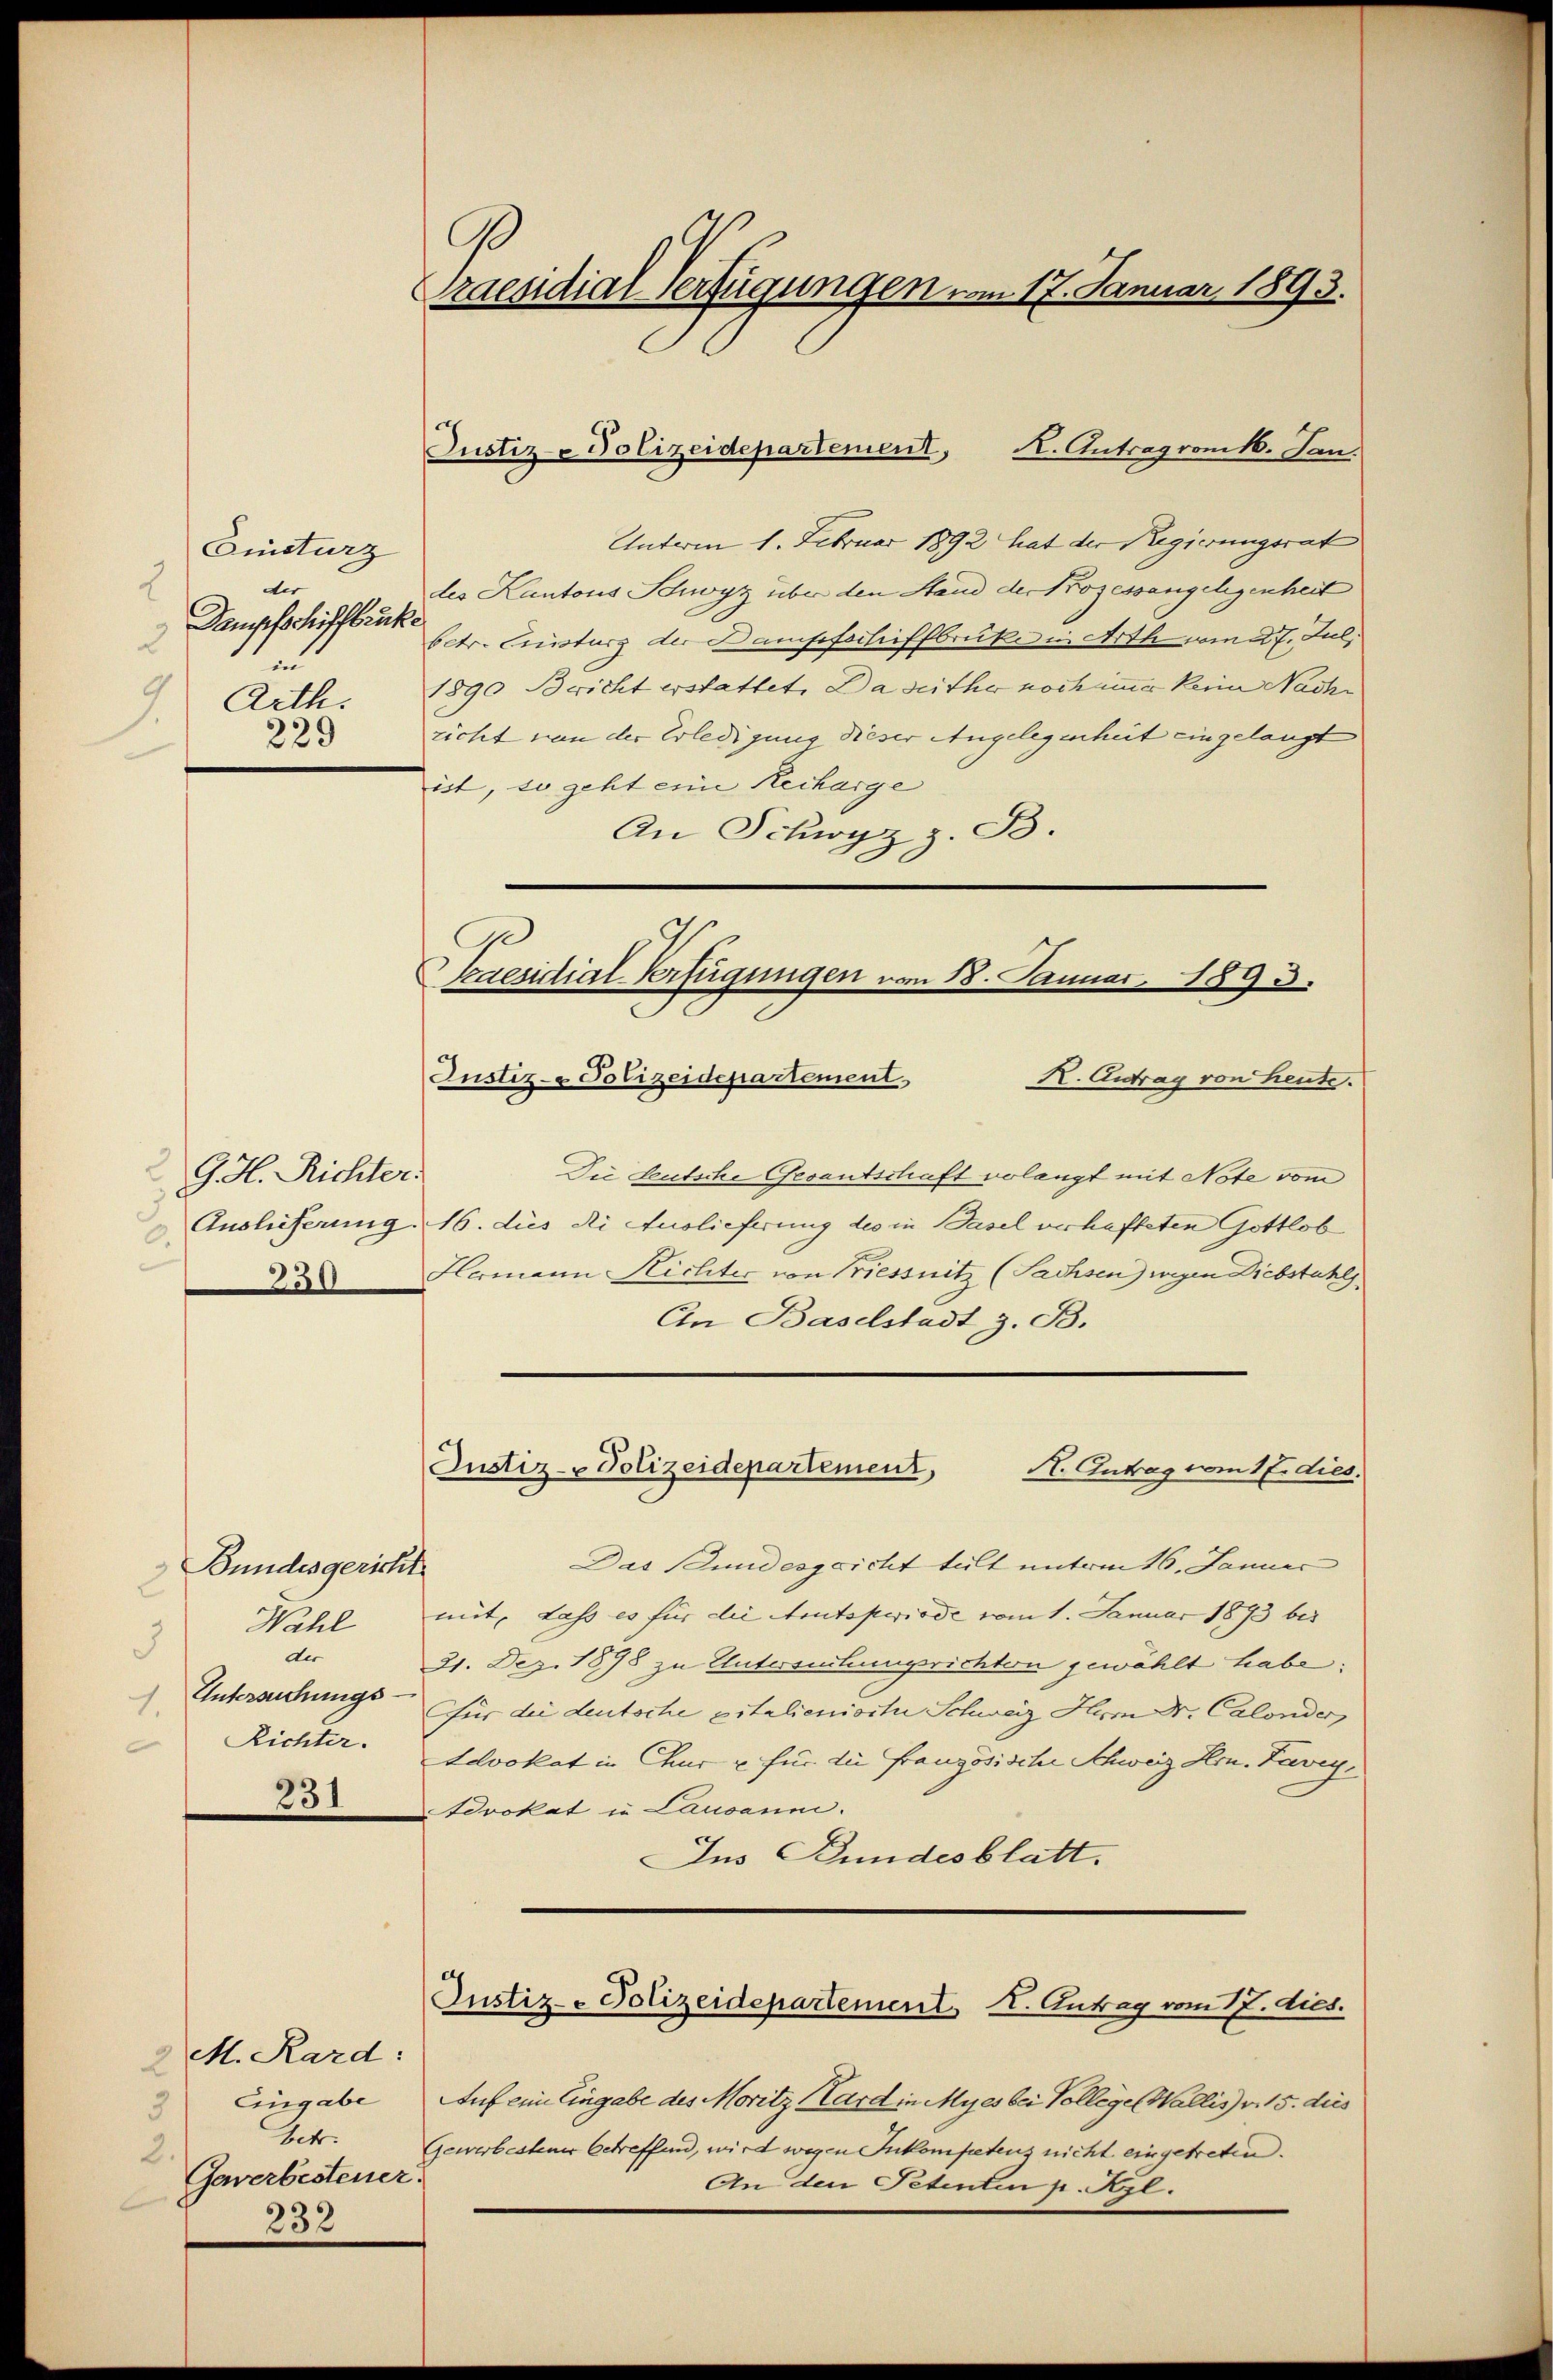
Einsturz
2
der
Dampfschiffbrücke
3
in
Arth.
229

2.G. H. Richter.
0.
230

Bundesgericht
E
Wahl
3
der
Untersuchungs¬
1.
Richter.

2 M. Kard:
3) Eingabe
betr.
2.
Gaverbesteuer.
232

Praesidial-Verfügungen vom 17. Januar 1893.

Unterm 1. Februar 1892 hat der Regierungsrat
des Kantons Schwyz über den Stand der Prozessangelegenheit
betr. Einsturz der Dampfschiffbruke in Arth vom 27. Jul,
1890 Bricht erstattet. Da seither noch immer keine Nache
richt von der Erledigung dieser Angelegenheit eingelangt
ist, so geht eine Recharge
An Schwyz z. B.
Justiz- & Polizeidepartement,
K. Antrag von Leuse.
Die deutsche Gesantschaft volangt mit Note vom
Auslieferung. 16. dies die Auslieferung des in Basel verhafteten Gottlob
Homann Richter von Priessnitz (Sachsen) wegen Diebstahl
An Baselstadt z. B.
Justiz- Polizeidepartement,
R. Antrag vom 17. dies
Das Bundesgricht teilt unterm 16. Januar
mit, dass es für die Atrutsperiode vom 1. Januar 1893 bis
21. Dez. 1898 zu Untersuchungsrichtern gewählt habe;
Für die deutsche pitalieniorte Schweiz Hr Dr. Calonder
Levokat in Chur u. für die Französische Schweiz Hrn. Lavey,
25.Advokat in Lausanne.
Ins Bundesblatt.
Justiz-Polizeidepartement I. Antrag vom 17. dies.
Auf eine Eingabe des Moritz Hard in Myes bei Vollege Wallis v. 15. dies
Gewerbesteuer betreffend, wird wegen Inkompetens nicht eingetreten.
An den Petenten p. Kzl.

Ge
kaesidial Verfügungen vom 18. Januar 1893.

Justiz-Polizeidepartement, A. Antrag vom k. Jan.